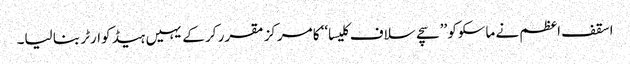
اسقف اعظم نے ماسکوکو ’’سچے سلاف کلیسا‘‘ کا مرکز مقرر کر کے یہیں ہیڈ کوارٹر بنا لیا۔